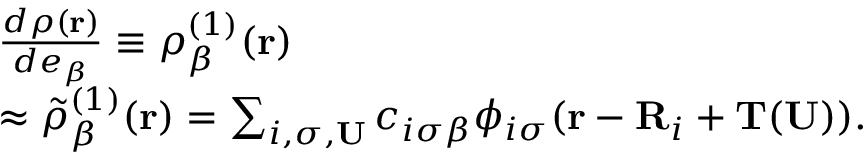
\begin{array} { r l } & { \frac { d \rho ( \mathbf { r } ) } { d e _ { \beta } } \equiv \rho _ { \beta } ^ { ( 1 ) } ( \mathbf { r } ) } \\ & { \approx \tilde { \rho } _ { \beta } ^ { ( 1 ) } ( \mathbf { r } ) = \sum _ { i , \sigma , \mathbf { U } } c _ { i \sigma \beta } \phi _ { i \sigma } ( \mathbf { r } - \mathbf { R } _ { i } + \mathbf { T } ( \mathbf { U } ) ) . } \end{array}